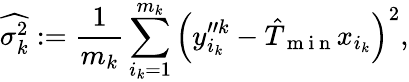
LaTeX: \widehat{\sigma_{k}^{2}}:=\frac{1}{m_{k}}\sum_{i_{k}=1}^{m_{k}}\left(y_{i_{k}}^{\prime\prime k}-\hat{T}_{\mathrm{~m~i~n~}}x_{i_{k}}\right)^{2},